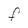
Character: F